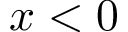
x < 0